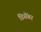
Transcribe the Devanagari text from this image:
डिसॆंबर